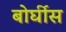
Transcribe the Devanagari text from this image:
बोर्घीस